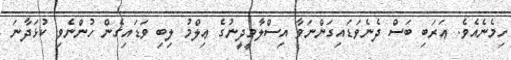
ހިމެނެއެވެ. ޢަރަބި ބަސް ދެނެވަޑައިގަންނަވާ އިސްލާމީދީނުގެ ޢިލްމު ލިބި ވަޑައިގެން ހުންނެވި ކުޅަދާނަ